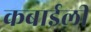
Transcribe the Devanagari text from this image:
कबाईली